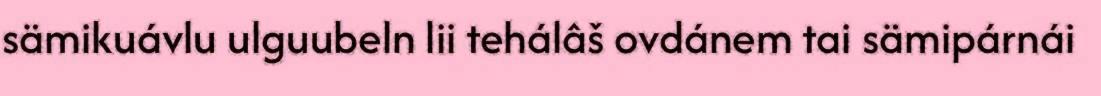
sämikuávlu ulguubeln lii tehálâš ovdánem tai sämipárnái